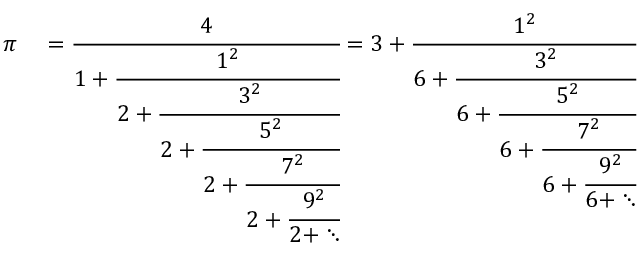
\begin{array} { r l } { \pi } & { { } = \textstyle { \cfrac { 4 } { 1 + \textstyle { \cfrac { 1 ^ { 2 } } { 2 + \textstyle { \cfrac { 3 ^ { 2 } } { 2 + \textstyle { \cfrac { 5 ^ { 2 } } { 2 + \textstyle { \cfrac { 7 ^ { 2 } } { 2 + \textstyle { \cfrac { 9 ^ { 2 } } { 2 + \ddots } } } } } } } } } } } } = 3 + \textstyle { \cfrac { 1 ^ { 2 } } { 6 + \textstyle { \cfrac { 3 ^ { 2 } } { 6 + \textstyle { \cfrac { 5 ^ { 2 } } { 6 + \textstyle { \cfrac { 7 ^ { 2 } } { 6 + \textstyle { \cfrac { 9 ^ { 2 } } { 6 + \ddots } } } } } } } } } } } \end{array}